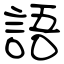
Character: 語